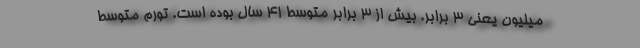
میلیون یعنی 3 برابر. بیش از 3 برابر متوسط 41 سال بوده است. تورم متوسط